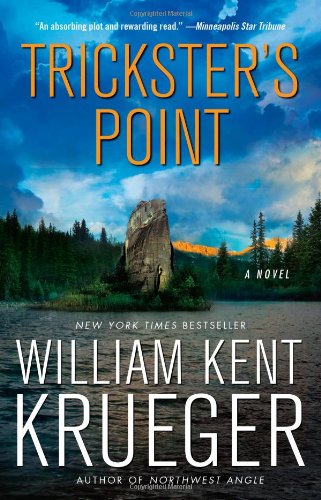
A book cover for Trickster's Point (Cork O'Connor); William Kent Krueger; Mystery, Thriller & Suspense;